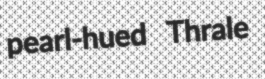
pearl-hued Thrale